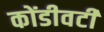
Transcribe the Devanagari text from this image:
कोंडीवटी